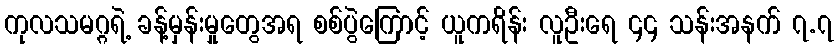
ကုလသမဂ္ဂရဲ့ ခန့်မှန်းမှုတွေအရ စစ်ပွဲကြောင့် ယူကရိန်း လူဦးရေ ၄၄ သန်းအနက် ၇.၇